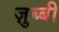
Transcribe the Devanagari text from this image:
ज़ुब्बी